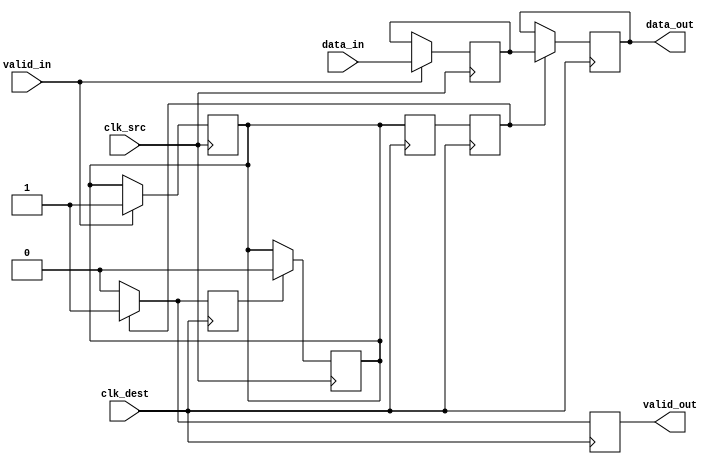
module handshake_synchronizer (
    input wire [7:0] data_in,      // Data input from source clock domain
    input wire valid_in,            // Valid signal for data_in
    input wire clk_src,             // Clock for source domain
    input wire clk_dest,            // Clock for destination domain
    output reg [7:0] data_out,      // Synchronized data output
    output reg valid_out            // Valid signal for data_out
);

    // Internal signals
    reg [7:0] sync_data;            // Data to be synchronized
    reg sync_valid;                 // Valid signal to be synchronized
    reg ack;                        // Acknowledgment signal from destination domain

    // Source clock domain logic
    always @(posedge clk_src) begin
        if (valid_in) begin
            sync_data <= data_in;   // Latch data_in into sync_data
            sync_valid <= 1'b1;     // Assert sync_valid
        end
    end

    // Destination clock domain logic
    reg sync_valid_d1;              // First stage of synchronizing sync_valid
    reg sync_valid_d2;              // Second stage of synchronizing sync_valid

    always @(posedge clk_dest) begin
        // Double-flop synchronizer for sync_valid
        sync_valid_d1 <= sync_valid;
        sync_valid_d2 <= sync_valid_d1;

        if (sync_valid_d2) begin
            data_out <= sync_data;   // Transfer sync_data to data_out
            valid_out <= 1'b1;       // Assert valid_out
            ack <= 1'b1;             // Assert ack to indicate data received
        end else begin
            valid_out <= 1'b0;       // Deassert valid_out
            ack <= 1'b0;             // Deassert ack
        end
    end

    // Acknowledgment handling in source clock domain
    always @(posedge clk_src) begin
        if (ack) begin
            sync_valid <= 1'b0;       // Deassert sync_valid upon acknowledgment
        end
    end

endmodule